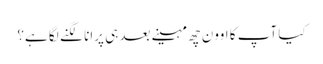
کیا آپ کا اوون چھ مہینے بعد ہی پرانا لگنے لگا ہے؟